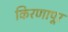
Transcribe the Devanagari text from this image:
किरणापूर